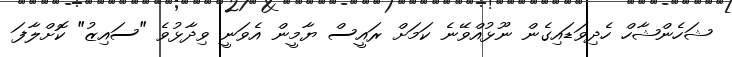
ޝަހެންޝާހް ހެދިވަޑައިގެން ނޫޅުއްވޭނެ ކަމަށް ރައީސް ޔާމީން އެވަނީ ވިދާޅުވެ "ސައިޒު" ކޮށްލާފަ